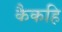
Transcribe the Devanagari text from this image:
कैकहि